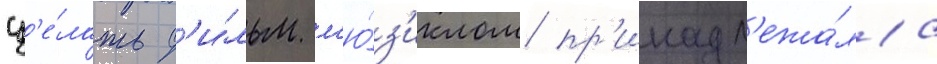
сд'е́лать ф'и́льм м'ю́з'иклом пр'инадл'ежа́ла